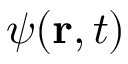
\psi ( \mathbf { r } , t )